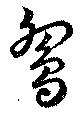
鴛